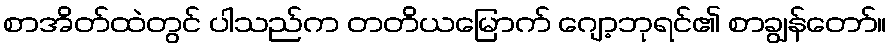
စာအိတ်ထဲတွင် ပါသည်က တတိယမြောက် ဂျော့ဘုရင်၏ စာချွန်တော်။